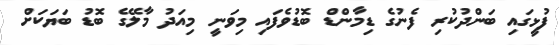
ފުޅީގައި ބަންދުކުރި ފެނުގެ ޑިމާންޑް ބޮޑުވެފައި މިވަނީ މިއަދު މާލޭގެ ބޮޑު ބަޔަކަށް